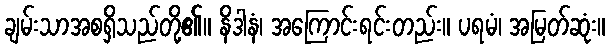
ချမ်းသာအစရှိသည်တို့၏။ နိဒါနံ၊ အကြောင်းရင်းတည်း။ ပရမံ၊ အမြတ်ဆုံး။